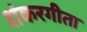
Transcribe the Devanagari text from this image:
शंकरगीता